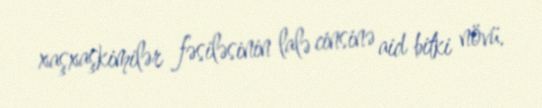
xaşxaşkimilər fəsiləsinin lalə cinsinə aid bitki növü.